Indian journal of veterinary science and animal husbandry - Volume 13,
Year: 1943
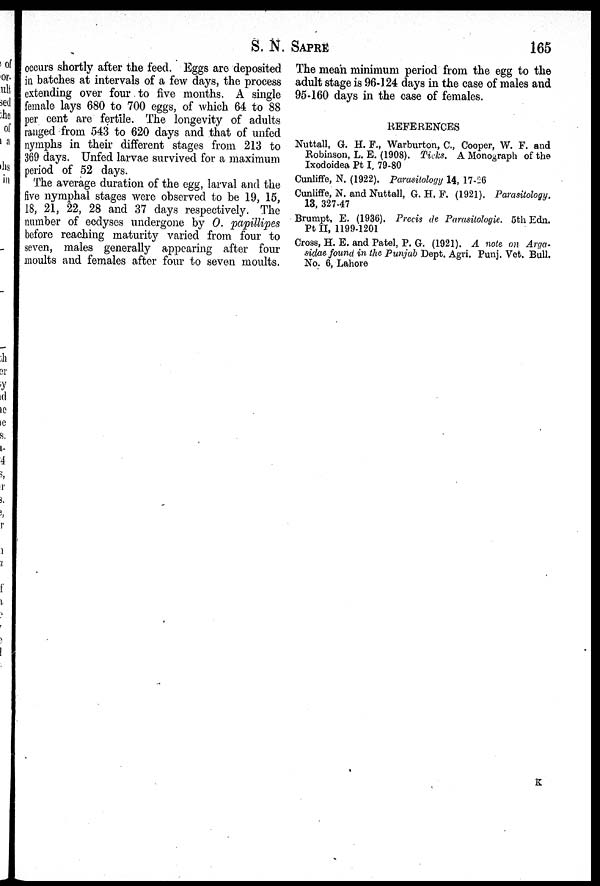
S. N. SAPRE 165
occurs shortly after the feed. Eggs are deposited
in batches at intervals of a few days, the process
extending over four to five months. A single
female lays 680 to 700 eggs, of which 64 to 88
per cent are fertile. The longevity of adults
ranged from 543 to 620 days and that of unfed
nymphs in their different stages from 213 to
369 days. Unfed larvae survived for a maximum
period of 52 days.
The average duration of the egg, larval and the
five nymphal stages were observed to be 19, 15,
18, 21, 22, 28 and 37 days respectively. The
number of ecdyses undergone by O. papillipes
before reaching maturity varied from four to
seven, males generally appearing after four
moults and females after four to seven moults.
The mean minimum period from the egg to the
adult stage is 96-124 days in the case of males and
95-160 days in the case of females.
REFERENCES
Nuttall, G. H. F., Warburton, C., Cooper, W. F. and
Robinson, L. E. (1908). Ticks. A Monograph of the
Ixodoidea Pt I, 79-80
Cunliffe, N. (1922). Parasitology 14, 17-26
Cunliffe, N. and Nuttall, G. H. F. (1921). Parasitology.
13, 327-47
Brumpt, E. (1936). Precis de Parasitologie. 5th Edn.
Pt II, 1199-1201
Cross, H. E. and Patel, P. G. (1921). A note on Arga-
sidae found in the Punjab Dept. Agri. Punj. Vet. Bull.
No. 6, Lahore
K